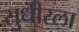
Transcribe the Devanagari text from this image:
सुधीरला